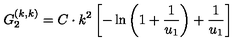
G _ { 2 } ^ { ( k , k ) } = C \cdot k ^ { 2 } \left[ - \ln \left( 1 + \frac { 1 } { u _ { 1 } } \right) + \frac { 1 } { u _ { 1 } } \right]